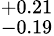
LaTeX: ^{+0.21}_{-0.19}